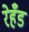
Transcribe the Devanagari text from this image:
रेहँड